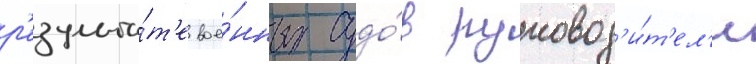
р'езульта́т'е вое́нных судо́в руковод'и́т'ел'и